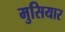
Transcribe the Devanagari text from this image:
मुसियार